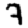
Digit: 7